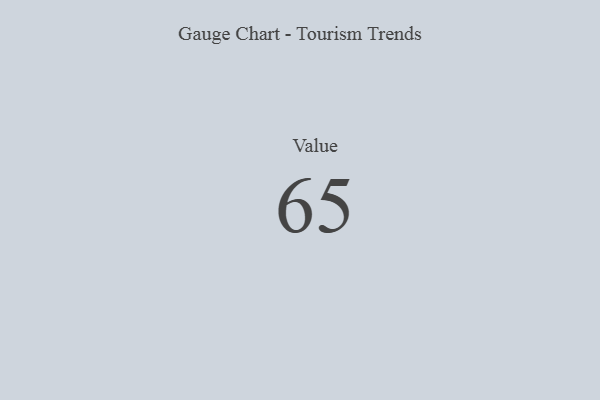
{"axis": {"x": "Metric", "y": "Value"}, "legend": [""], "data": [{"x": "Value", "y": 65, "type": ""}]}